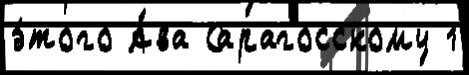
э́того А́ва Сарагосскому 1